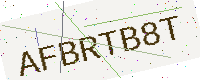
Text: AFBRTB8T